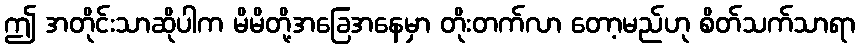
ဤ အတိုင်းသာဆိုပါက မိမိတို့အခြေအနေမှာ တိုးတက်လာ တော့မည်ဟု စိတ်သက်သာရာ